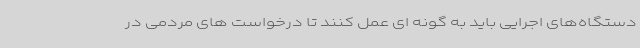
دستگاه‌های اجرایی باید به گونه ای عمل کنند تا درخواست های مردمی در